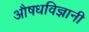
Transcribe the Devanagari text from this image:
औषधविज्ञानी